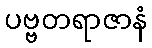
ပဗ္ဗတရာဇာနံ